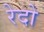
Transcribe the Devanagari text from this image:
रेदो